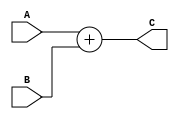
`timescale 1ns / 1ps

/*
 Universidade Estadual de Feira de Santana
 TEC499 - MI - Sistemas Digitais

 Module: ADD.v
 Desc: 32-bit ADD for the ANTARES-R2 Processor
 Inputs:
    A: 32-bit value
    B: 32-bit value

Outputs:
    C: The sum of A and B
*/
module ADD (
    input [31:0] A,
    input [31:0] B,
    output[31:0] C
    );

    assign C = (A + B);
endmodule